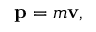
\mathbf { p } = m \mathbf { v } ,